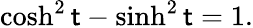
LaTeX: \cosh^{2}\mathsf{t}-\sinh^{2}\mathsf{t}=1.